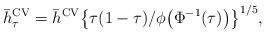
LaTeX: \begin{align*}\bar h_\tau^{\mathrm{CV}} = \bar h^{\mathrm{CV}} \bigl\{ \tau(1-\tau)/\phi\bigl(\Phi^{-1}(\tau )\bigr)\bigr\}^{1/5},\end{align*}